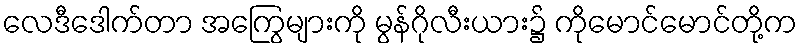
လေဒီဒေါက်တာ အကြွေများကို မွန်ဂိုလီးယား၌ ကိုမောင်မောင်တို့က